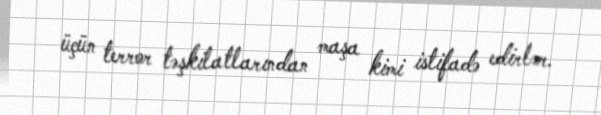
üçün terror təşkilatlarından maşa kimi istifadə edirlər.